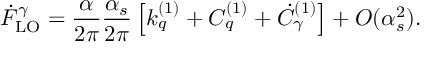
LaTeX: \dot { F } _ { \mathrm { L O } } ^ { \gamma } = \frac { \alpha } { 2 \pi } \frac { \alpha _ { s } } { 2 \pi } \left[ k _ { q } ^ { ( 1 ) } + C _ { q } ^ { ( 1 ) } + \dot { C } _ { \gamma } ^ { ( 1 ) } \right] + O ( \alpha _ { s } ^ { 2 } ) .